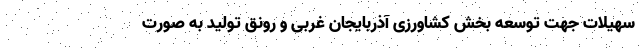
سهیلات جهت توسعه بخش کشاورزی آذربایجان غربی و رونق تولید به صورت